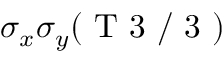
\sigma _ { x } \sigma _ { y } ( \mathrm { ~ T ~ 3 ~ / ~ 3 ~ } )